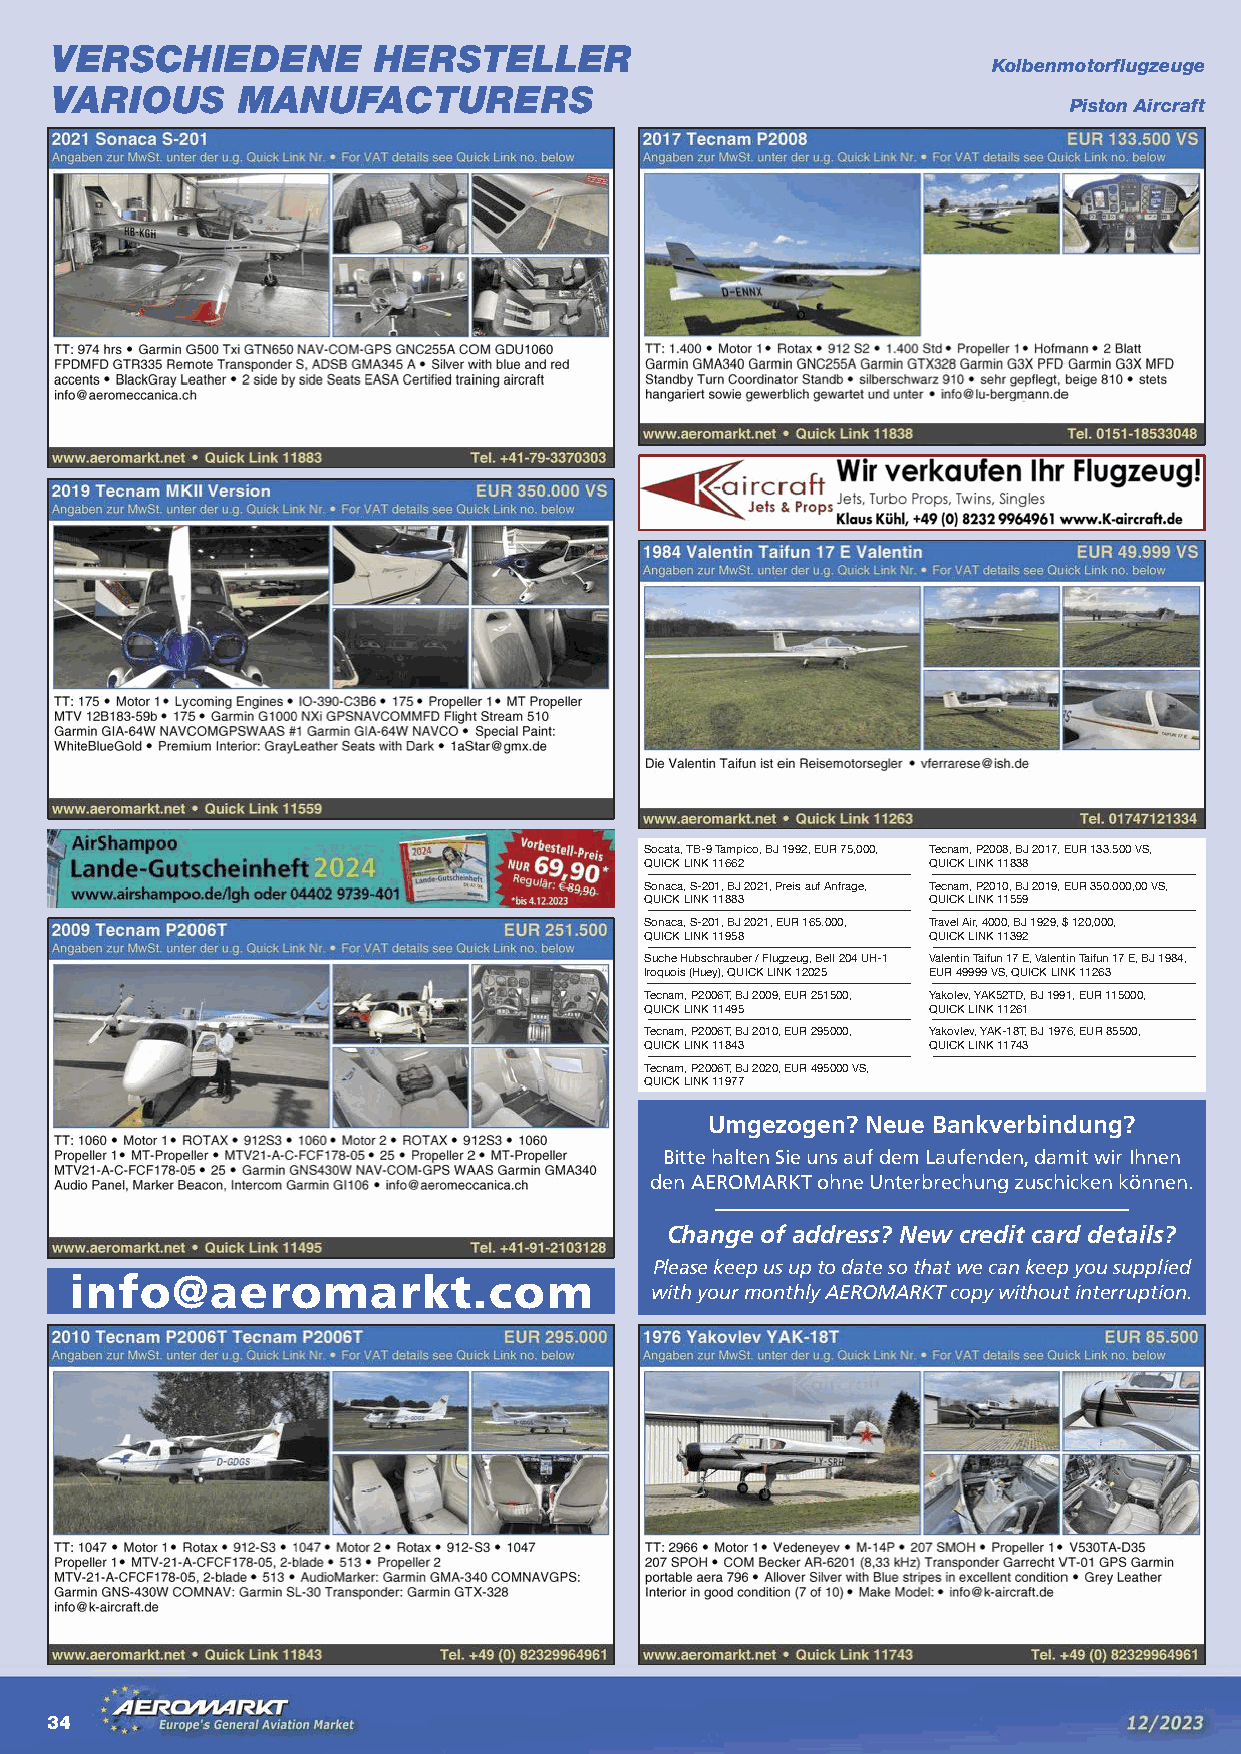
VERSCHIEDENE          HERSTELLER
 Kolbenmotorflugzeuge
 VARIOUS      MANUFACTURERS
 Piston Aircraft
 Socata, TB-9 Tampico, BJ 1992, EUR 75,000, Tecnam, P2008, BJ 2017, EUR 133.500 VS,
 QUICK LINK 11662  QUICK LINK 11838
 Sonaca, S-201, BJ 2021, Preis auf Anfrage, Tecnam, P2010, BJ 2019, EUR 350.000,00 VS,
 QUICK LINK 11883  QUICK LINK 11559
 Sonaca, S-201, BJ 2021, EUR 165.000, Travel Air, 4000, BJ 1929, $ 120,000,
 QUICK LINK 11958  QUICK LINK 11392
 Suche Hubschrauber / Flugzeug, Bell 204 UH-1 Valentin Taifun 17 E, Valentin Taifun 17 E, BJ 1984,
 Iroquois (Huey), QUICK LINK 12025 EUR 49999 VS, QUICK LINK 11263
 Tecnam, P2006T, BJ 2009, EUR 251500, Yakolev, YAK52TD, BJ 1991, EUR 115000,
 QUICK LINK 11495  QUICK LINK 11261
 Tecnam, P2006T, BJ 2010, EUR 295000, Yakovlev, YAK-18T, BJ 1976, EUR 85500,
 QUICK LINK 11843  QUICK LINK 11743
 Tecnam, P2006T, BJ 2020, EUR 495000 VS,
 QUICK LINK 11977
 Umgezogen? Neue Bankverbindung?
 Bitte halten Sie uns auf dem Laufenden, damit wir Ihnen
 den AEROMARKT ohne Unterbrechung zuschicken können.
 Change of address? New credit card details?
 Please keep us up to date so that we can keep you supplied
 info@aeromarkt.com
 with your monthly AEROMARKT copy without interruption.
 34